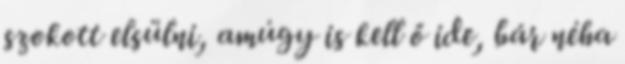
szokott elsülni, amúgy is kell ő ide, bár néha